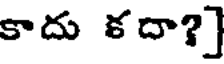
కాదు కదా?]